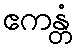
ဧကန္တံ